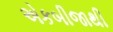
એકબીજાથી